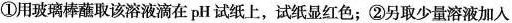
①用玻璃棒蘸取该溶液滴在pH试纸上，试纸显红色；②另取少量溶液加入